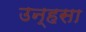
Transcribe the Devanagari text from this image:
उन्हसा